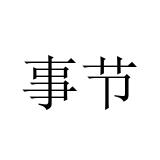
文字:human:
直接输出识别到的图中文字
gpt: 事节